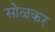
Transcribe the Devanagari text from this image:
सोळकर